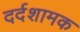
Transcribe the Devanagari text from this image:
दर्दशामक